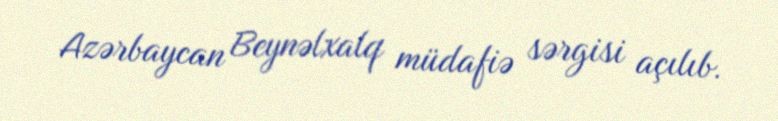
Azərbaycan Beynəlxalq müdafiə sərgisi açılıb.